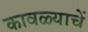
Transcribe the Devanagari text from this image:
कावळ्याचें